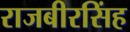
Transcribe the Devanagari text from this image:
राजबीरसिंह